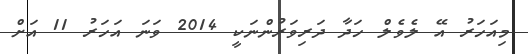
މިއަހަރު އޭ ލެވެލް ހަދާ ދަރިވަރުންނަކީ 2014 ވަނަ އަހަރު 11 އަށް